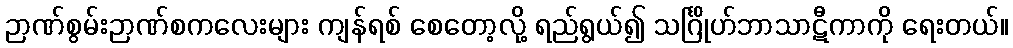
ဉာဏ်စွမ်းဉာဏ်စကလေးများ ကျန်ရစ် စေတော့လို့ ရည်ရွယ်၍ သင်္ဂြိုဟ်ဘာသာဋီကာကို ရေးတယ်။